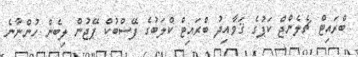
ބްރައިޓް ޗެލެންޖް ކަޕުގެ ޤަވާއިދު ބްރައިޓް ކްލަބުގެ ފޭސްބުކް ޕޭޖުން ލިބެން ހުންނާނެ